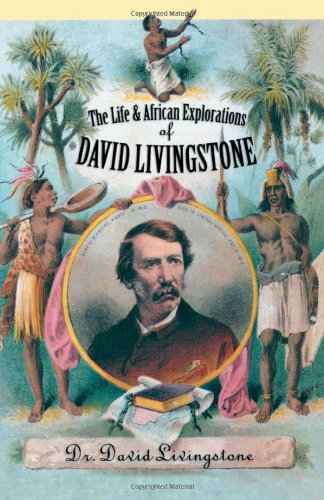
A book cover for The Life and African Exploration of David Livingstone; David Dr. Livingstone; Biographies & Memoirs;